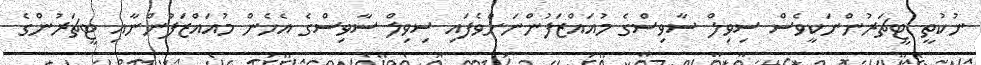
ނުކުތީ ޓީޗަރުންނަކީވެސް ސިވިލް ސާވިސްގެ މުއައްޒަފުންނަށްވެފައި ސިވިލް ސާވިސްގެ އެހެން މުއައްޒަފުންނާއި ޓީޗަރުންގެ